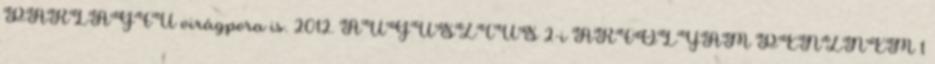
PARLAGFŰ virágpora is. 2012. AUGUSZTUS 2-i ÁRFOLYAM PÉNZNEM 1